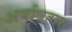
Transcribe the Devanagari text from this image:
अर्यावतार।